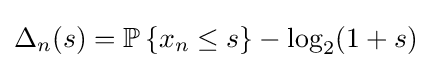
\Delta _{n}(s)=\mathbb {P} \left\{x_{n}\leq s\right\}-\log _{2}(1+s)